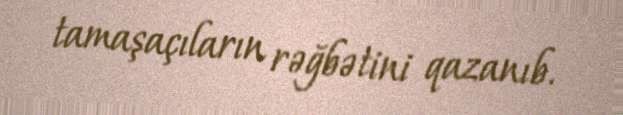
tamaşaçıların rəğbətini qazanıb.